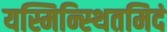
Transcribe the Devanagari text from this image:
यस्मिन्स्थितमिदं